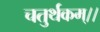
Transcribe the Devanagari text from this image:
चतुर्थकम्।।